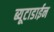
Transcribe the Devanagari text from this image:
ब्यूटाडाईन